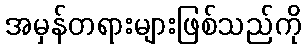
အမှန်တရားများဖြစ်သည်ကို